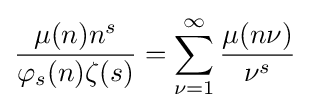
{\frac {\mu (n)n^{s}}{\varphi _{s}(n)\zeta (s)}}=\sum _{\nu =1}^{\infty }{\frac {\mu (n\nu )}{\nu ^{s}}}